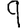
Digit: 9